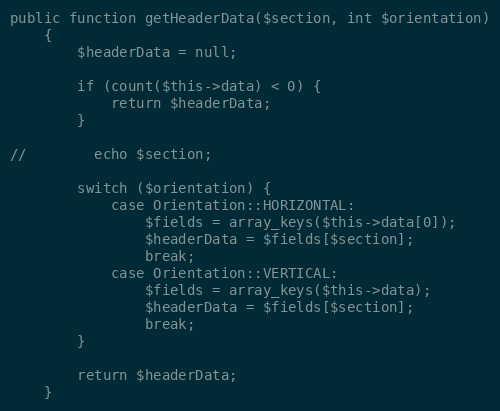
Language: PHP
public function getHeaderData($section, int $orientation)
    {
        $headerData = null;

        if (count($this->data) < 0) {
            return $headerData;
        }

//        echo $section;

        switch ($orientation) {
            case Orientation::HORIZONTAL:
                $fields = array_keys($this->data[0]);
                $headerData = $fields[$section];
                break;
            case Orientation::VERTICAL:
                $fields = array_keys($this->data);
                $headerData = $fields[$section];
                break;
        }

        return $headerData;
    }